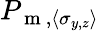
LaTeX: P_{\mathrm{~m~},\langle\sigma_{y,z}\rangle}